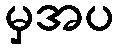
မှအပ